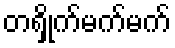
တရှိုက်မက်မက်